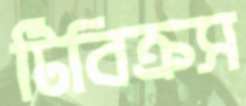
টিবিক্রস